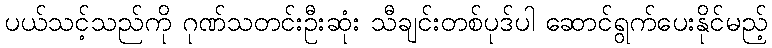
ပယ်သင့်သည်ကို ဂုဏ်သတင်းဦးဆုံး သီချင်းတစ်ပုဒ်ပါ ဆောင်ရွက်ပေးနိုင်မည့်